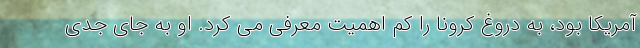
آمریکا بود، به دروغ کرونا را کم اهمیت معرفی می کرد. او به جای جدی